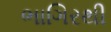
ભાગિરથી